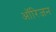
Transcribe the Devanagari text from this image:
आॅरिजन